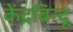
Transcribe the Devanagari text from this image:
केंद्रबिन्दू